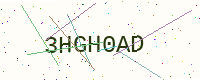
Text: 3HGH0AD